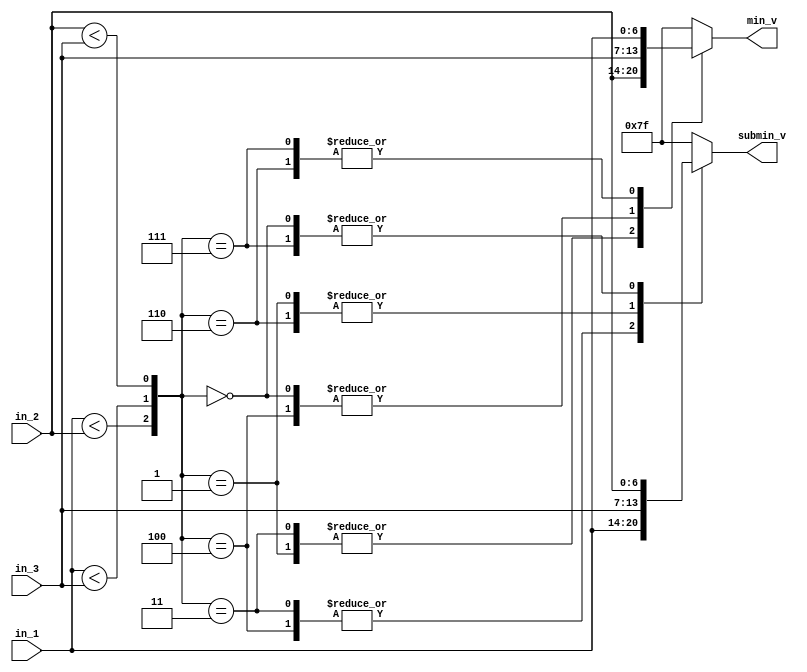
/***************************************************
@File         :  comp3in.v
@Author       :  JiangxuanLi 
@DateTime     :  2020/12/12 22:07:54
@Description  :  3 input comparison
                 find min and submin in three

                 full combinational circuit

****************************************************/
//
//   
// log:
//      2020/12/13 10:53:42      
//
module comp3in2out #(
    parameter WIDTH = 7
)(    
    input  [WIDTH-1:0] in_1         ,
    input  [WIDTH-1:0] in_2         ,
    input  [WIDTH-1:0] in_3         ,
 
    output reg [WIDTH-1:0] min_v    ,
    output reg [WIDTH-1:0] submin_v 
);
    
    wire sig_1 = in_1 < in_2;
    wire sig_2 = in_1 < in_3;
    wire sig_3 = in_2 < in_3;

    //                            
    // | st | {sig_1, sig_2, sig_3} | min_v  | submin_v |
    // |  1 |        000            | in_3   | in_2     |
    // |  2 |        001            | in_2   | in_3     |  
    // |  3 |        010            | xxxx   | xxxx     |
    // |  4 |        011            | in_2   | in_1     |
    // |  5 |        100            | in_3   | in_1     |
    // |  6 |        101            | xxxx   | xxxx     |
    // |  7 |        110            | in_1   | in_3     |
    // |  8 |        111            | in_1   | in_2     |
    always @(*) begin 
        case ({sig_1, sig_2, sig_3})
            3'b000: begin 
                min_v    = in_3;
                submin_v = in_2;
            end
            3'b001: begin 
                min_v    = in_2;
                submin_v = in_3;
            end
            3'b011:  begin 
                min_v    = in_2;
                submin_v = in_1;
            end
            3'b100: begin 
                min_v    = in_3;
                submin_v = in_1;
            end
            3'b110: begin 
                min_v    = in_1;
                submin_v = in_3;
            end
            3'b111: begin 
                min_v    = in_1;
                submin_v = in_2;
            end
            default : begin 
                min_v    = {WIDTH{1'b1}};
                submin_v = {WIDTH{1'b1}};
            end
        endcase
    end

endmodule